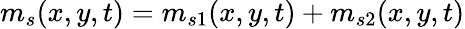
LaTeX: m_{s}(x,y,t)=m_{s1}(x,y,t)+m_{s2}(x,y,t)